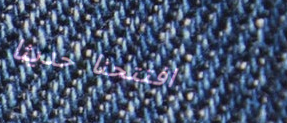
افتتحنا حديثاً